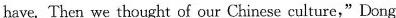
have. Then we thought of our Chinese culture," Dong